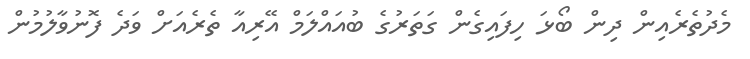
މެދުތެރެއިން ދިން ބޯޅަ ހިފައިގެން ގަތަރުގެ ބުއައްލަމް އޭރިއާ ތެރެއަށް ވަދެ ފޮނުވާލުމުން